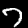
Digit: 7